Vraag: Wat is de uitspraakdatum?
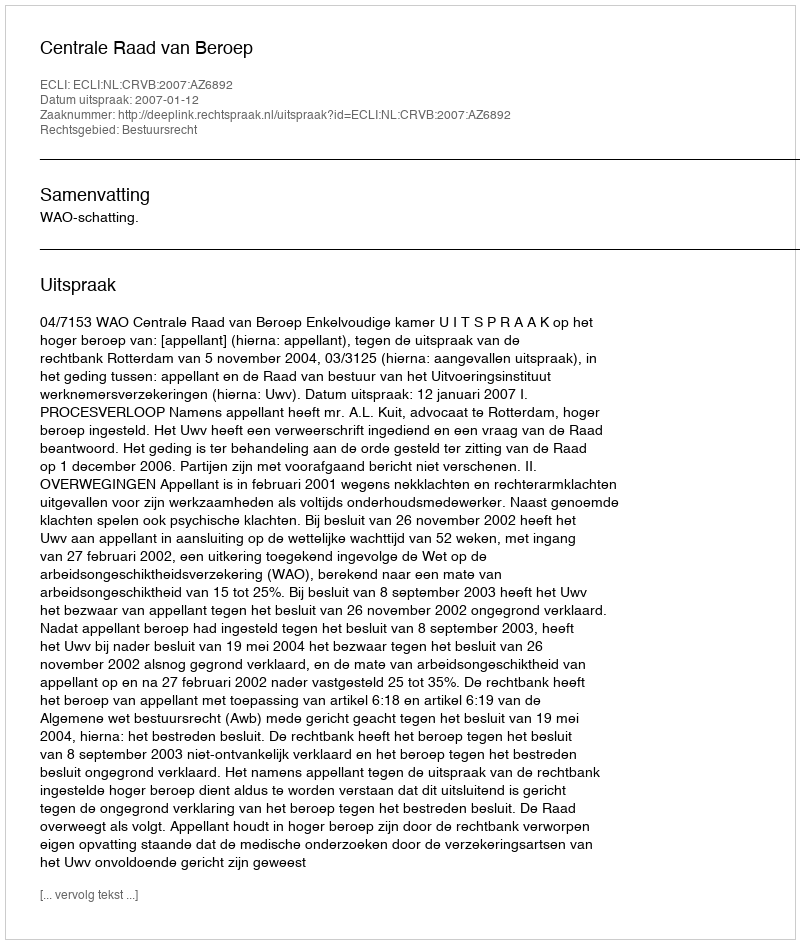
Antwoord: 2007-01-12